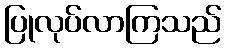
ပြုလုပ်လာကြသည်